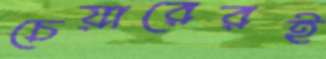
চেয়ারেরই